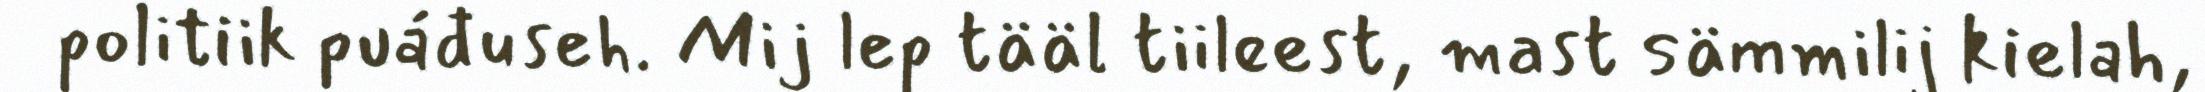
politiik puáđuseh. Mij lep tääl tiileest, mast sämmilij kielah,